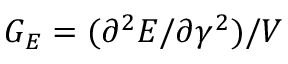
G _ { E } = ( \partial ^ { 2 } E / \partial \gamma ^ { 2 } ) / V